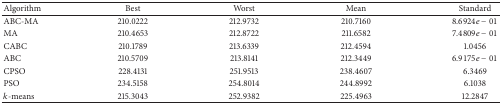
<table><thead><tr><td><b>Algorithm</b></td><td><b>Best</b></td><td><b>Worst</b></td><td><b>Mean</b></td><td><b>Standard</b></td></tr></thead><tbody><tr><td>ABC-MA</td><td>210.0222</td><td>212.9732</td><td>210.7160</td><td>8.6924<i>e</i> − 01</td></tr><tr><td>MA</td><td>210.4653</td><td>212.8722</td><td>211.6582</td><td>7.4809<i>e</i> − 01</td></tr><tr><td>CABC</td><td>210.1789</td><td>213.6339</td><td>212.4594</td><td>1.0456</td></tr><tr><td>ABC</td><td>210.5709</td><td>213.8141</td><td>212.3449</td><td>6.9175<i>e</i> − 01</td></tr><tr><td>CPSO</td><td>228.4131</td><td>251.9513</td><td>238.4607 </td><td>6.3469</td></tr><tr><td>PSO</td><td>234.5158</td><td>254.8014</td><td>244.8992</td><td>6.1038</td></tr><tr><td><i>k</i>-means</td><td>215.3043 </td><td>252.9382</td><td>225.4963 </td><td>12.2847</td></tr></tbody></table>